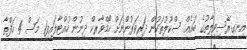
އިނގިރޭސިވިލާތުގެ ބައެއް ސްކޫލުތަކުން ދަރިވަރުންނަށް ހޯމްވާރކް ދިނުން ހުއްޓާލައިފި1 މަސް 4 ހަފްތާ